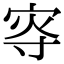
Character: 𡨎